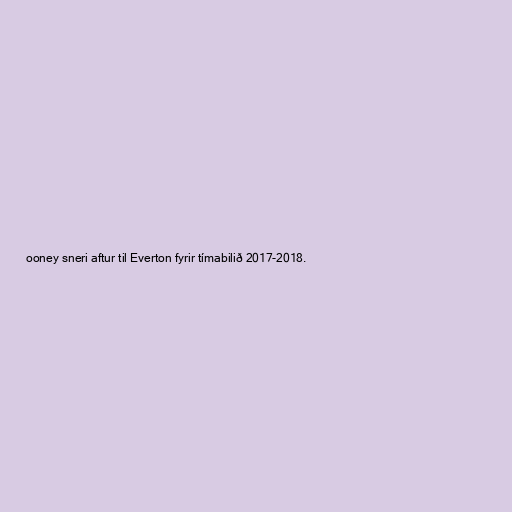
ooney sneri aftur til Everton fyrir tímabilið 2017-2018.